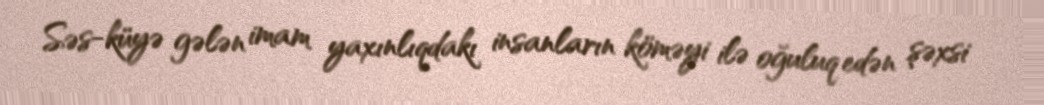
Səs-küyə gələn imam yaxınlıqdakı insanların köməyi ilə oğuluq edən şəxsi